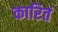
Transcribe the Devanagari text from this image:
कारितं